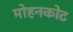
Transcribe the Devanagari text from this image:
मोहनकोट